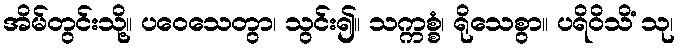
အိမ်တွင်းသို့။ ပဝေသေတွာ၊ သွင်း၍။ သက္ကစ္စံ၊ ရိုသေစွာ။ ပရိဝိသိံ သု၊